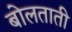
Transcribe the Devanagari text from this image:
बोलताती